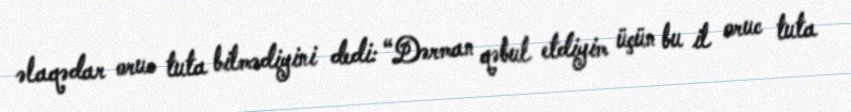
əlaqədar oruc tuta bilmədiyini dedi: “Dərman qəbul etdiyim üçün bu il oruc tuta